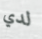
لدي